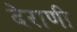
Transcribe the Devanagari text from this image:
देराणी